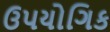
ઉપયોગિક